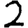
Digit: 2